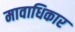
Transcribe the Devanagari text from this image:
मावाधिकार